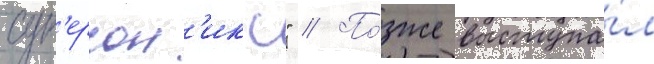
суп'ерсон'икс" // По́зже выступа́л